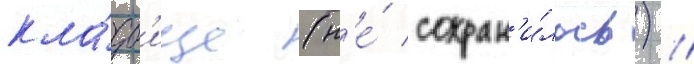
кла́дб'ище (н'е́ сохран'и́лось) //